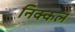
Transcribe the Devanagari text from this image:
निक्कल